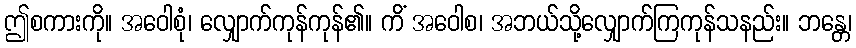
ဤစကားကို။ အဝေါစုံ၊ လျှောက်ကုန်ကုန်၏။ ကိံ အဝေါစ၊ အဘယ်သို့လျှောက်ကြကုန်သနည်း။ ဘန္တေ၊